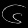
Digit: ၆